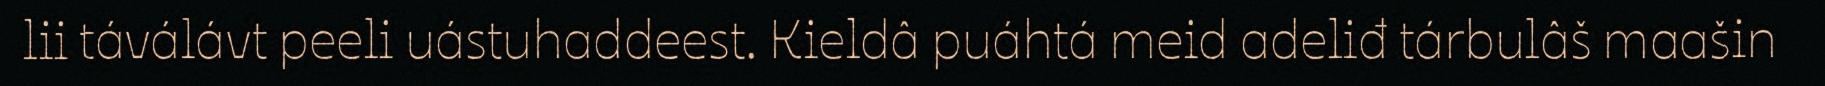
lii táválávt peeli uástuhaddeest. Kieldâ puáhtá meid adeliđ tárbulâš maašin